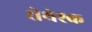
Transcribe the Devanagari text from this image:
रोथेश्क